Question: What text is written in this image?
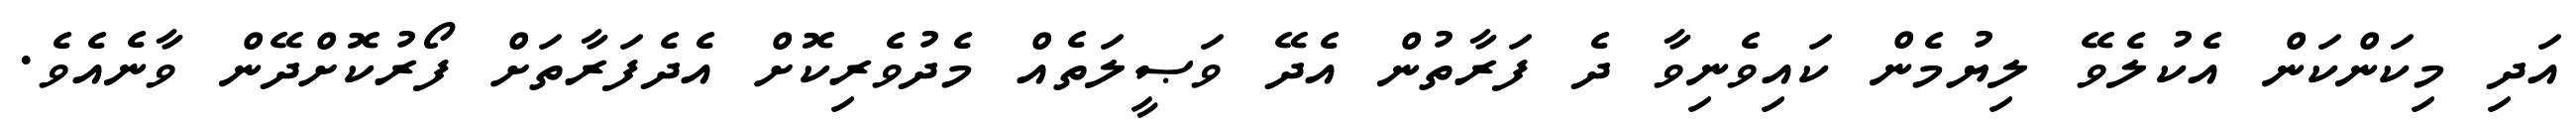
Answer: އަދި މިކަންކަން އެކުލެވޭ ލިޔުމެން ކައިވެނިވާ ދެ ފަރާތުން އެދޭ ވަޞީލަތެއް މެދުވެރިކޮށް އެދެފަރާތަށް ފޯރުކޮށްދޭން ވާނެއެވެ.